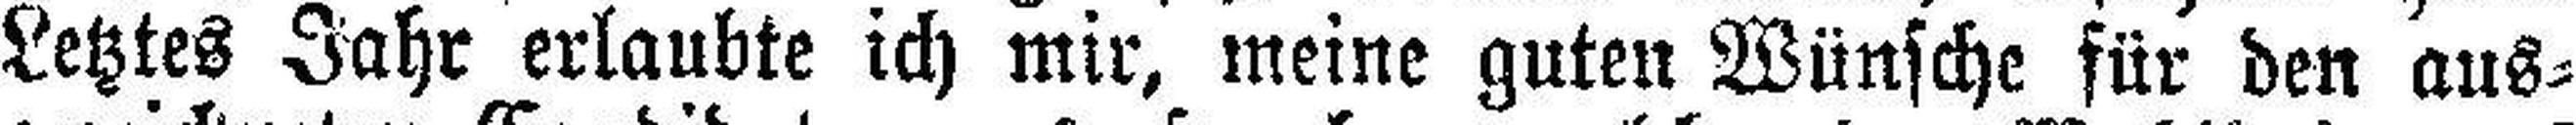
Letztes Jahr erlaubte ich mir, meine guten Wünsche für den aus¬